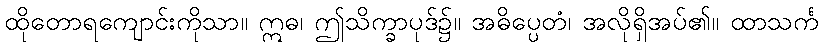
ထိုတောရကျောင်းကိုသာ။ ဣဓ၊ ဤသိက္ခာပုဒ်၌။ အဓိပ္ပေတံ၊ အလိုရှိအပ်၏။ ထာသင်္က